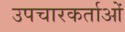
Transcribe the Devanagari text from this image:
उपचारकर्ताओं